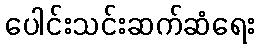
ပေါင်းသင်းဆက်ဆံရေး